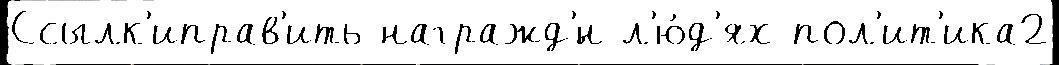
Ссылк'иправ'ить награжд'́н л'ю́д'ях пол'ит'ика2